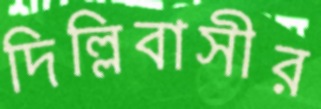
দিল্লিবাসীর